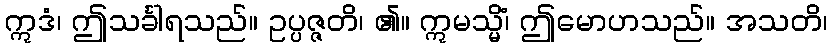
ဣဒံ၊ ဤသင်္ခါရသည်။ ဥပ္ပဇ္ဇတိ၊ ၏။ ဣမသ္မိံ၊ ဤမောဟသည်။ အသတိ၊